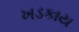
ખડકાય